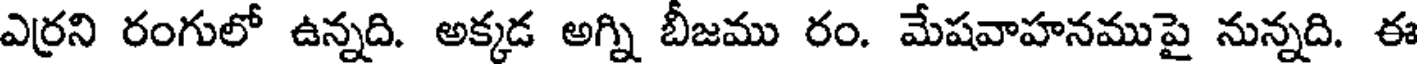
ఎర్రని రంగులో ఉన్నది. అక్కడ అగ్ని బీజము రం. మేషవాహనముపై నున్నది. ఈ